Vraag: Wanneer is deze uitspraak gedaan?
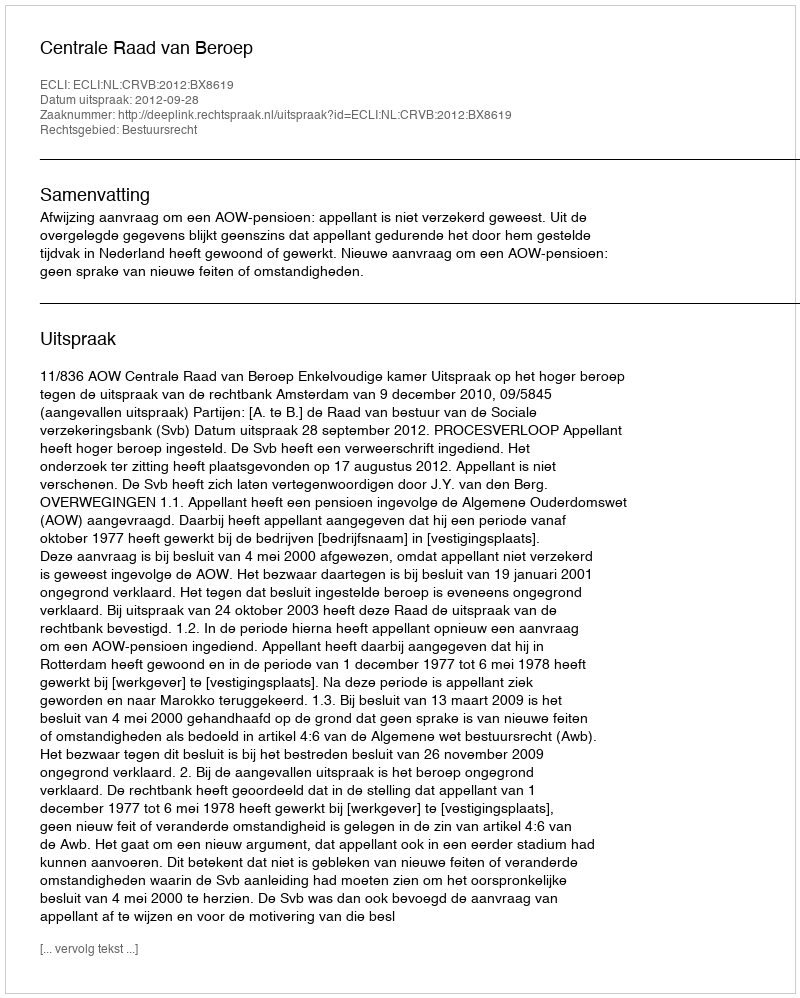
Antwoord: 2012-09-28